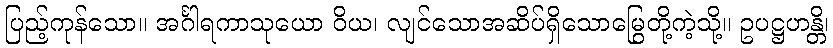
ပြည့်ကုန်သော။ အင်္ဂါရကာသုယော ဝိယ၊ လျင်သောအဆိပ်ရှိသောမြွေတို့ကဲ့သို့။ ဥပဋ္ဌဟန္တိ၊